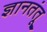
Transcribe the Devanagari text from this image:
ज्ञानतंतू